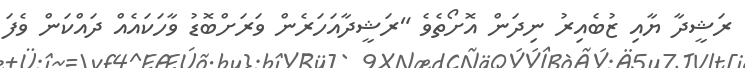
ރަޝީދާ ޔާއި ޒުބެއިރު ނިދަން އޮށޯތެވެ "ރަޝީދާއަހަރެން ވަރަށްބޮޑު ވާހަކައެއް ދައްކަން ވެފަ